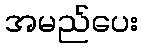
အမည်ပေး